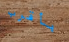
بأقرب